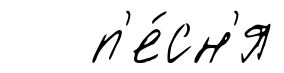
п'е́сн'я